Vaccination in the Punjab 1905-1918 - 1905-1918
Year: 1905
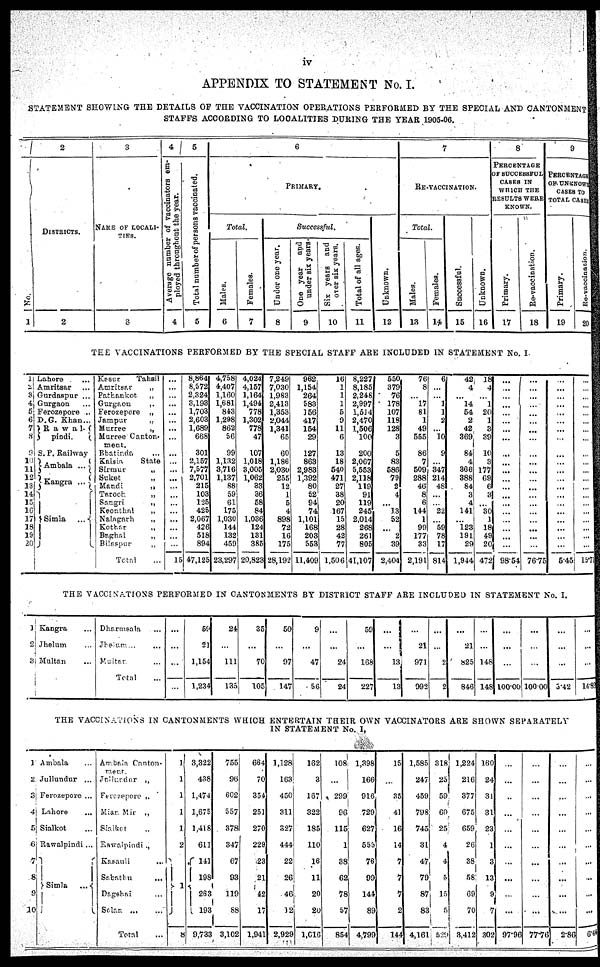
iv
APPENDIX TO STATEMENT No. I.
STATEMENT SHOWING THE DETAILS OF THE VACCINATION OPERATIONS PERFORMED BY THE SPECIAL AND CANTONMENT
STAFFS ACCORDING TO LOCALITIES DURING THE YEAR 1905-06.
No.
1
1
2
3
4
5
6
7
8
9
10
11
12
13
14
15
16
17
18
19
20
2
DISTRICTS.
2
3
NAME OF LOCALI-
----.
3
4
Average number of vaccinators em-
ployed throughout the year.
4
5
Total number of persona vaccinated.
5
6
PRIMARY.
Total.
Males.
6
Females.
7
Successful.
Under one year.
8
One year
and
under six years.
9
Six years and
over six years.
10
Total of all ages.
11
Unknown.
12
7
RE-VACCINATION.
Total.
Males.
13
Females.
14
Successful.
15
Unknown.
16
8
PERCENTAGE
OF SUCCESSFUL
CASES IN
WHICH THE
RESULTS WERE
KNOWN.
Primary.
17
Re-vaccination.
18
9
PERCENTAGE
OF UNKNOWN
CASES TO
TOTAL CASES
Primary.
19
Re-vaccination.
20
THE VACCINATIONS PERFORMED BY THE SPECIAL STAFF ARE INCLUDED IN STATEMENT No. I
Lahore ...
Amritsar ...
Gurdaspur ...
Gurgaon ...
Ferozepore ...
D.G. Khan ...
Rawal-
pindi.
S. P. Railway
Ambala ...
Kangra ...
Simla
...
Kasur
Tahsil
Amritsar
„
Patkankot
„
Gurgaon
„
Ferozepore „
Jampur
„
Murree
„
Murree Canton-
meat.
Bhatinda ...
Kalsia
State
Sirmur „
Suket
„
Mandi
„
Taroch
„
Sangri
„
Keonthal
„
Nalngarh
„
Kothar
„
Baghal
„
Bilaspur
„
Total ...
...
...
...
...
...
...
...
...
...
...
...
...
...
...
...
...
...
...
...
...
15
8,864
8,572
2,324
3,193
1,703
2,603
1,689
668
301
2,157
7,577
2,701
215
103
125
425
2,067
426
518
894
47,125
4,758
4,407
1,160
1,681
843
1,298
862
56
99
1,132
3,716
1,137
88
59
61
175
1,030
144
132
459
23,297
4,024
4,157
1,164
1,494
778
1,302
778
47
107
1,018
3,005
1,062
33
36
58
84
1,036
124
131
385
20,823
7,249
7,030
1,983
2,413
1,353
2,044
1,341
65
60
1,186
2,030
255
12
1
5
4
898
72
16
175
28,192
962
1,154
264
583
156
417
154
29
127
863
2,983
1,392
80
52
94
74
1,101
168
203
553
11,409
16
1
1
1
5
9
11
6
13
18
540
471
27
38
20
167
15
28
42
77
1,506
8,227
8,185
2,248
2,997
1,514
2,470
1,506
100
200
2,067
5,553
2,118
119
91
119
245
2,014
268
261
805
41,107
550
379
76
178
107
118
128
3
5
83
586
79
2
4
...
13
52
...
2
39
2,404
76
8
...
17
81
1
49
555
86
7
509
288
46
8
6
144
1
99
177
33
2,191
6
...
...
1
1
2
...
10
9
347
214
48
...
...
22
...
59
78
17
814
42
4
...
14
54
2
42
369
84
4
366
388
84
3
4
141
...
123
191
29
1,944
18
4
...
1
20
1
3
39
10
3
177
69
6
3
...
30
1
18
49
20
472
...
...
...
...
...
...
...
...
...
...
...
...
...
...
...
...
...
...
...
...
98.54
...
...
...
...
...
...
...
...
...
...
...
...
...
...
...
...
...
...
...
...
76.75
...
...
...
...
...
...
...
...
...
...
...
...
...
...
...
...
...
...
...
...
5.45
...
...
...
...
...
...
...
...
...
...
...
...
...
...
...
...
...
...
...
...
15.7
THE VACCINATIONS PERFORMED IN CANTONMENTS BY DISTRICT STAFF ARE INCLUDED IN STATEMENT No. I.
1
2
3
Kangra ...
Jhelum ...
Multan ...
Dharmsala ...
Jhelum ... ...
Multar ...
Total ...
...
...
...
...
59
21
1,154
1,234
24
...
111
135
35
...
70
105
50
...
97
147
9
...
47
56
...
...
24
24
59
...
168
227
...
...
13 13
...
21
971
992
...
...
2
2
...
21
825
846
...
...
148
148
...
...
...
100.00
...
...
...
100.00
...
...
...
3.42
...
...
...
14. 89
THE VACCINATIONS IN CANTONMENTS WHICH ENTERTAIN THEIR OWN VACCINATORS ARE SHOWN SEPARATELY
IN STATEMENT No. I,
1
2
3
4
5
6
7
8
9
10
Ambala ...
Jullundur ...
Ferozepore ...
Lahore ...
Sialkot ...
Rawalpindi ...
Simla
...
Ambala Canton-
ment.
Jullurdur „
Ferozepore „
Mian Mir „
Sialkot
„
Rawalpindi „
Kasauli ...
Sabathu ...
Dagshai ...
Solan
...
...
Total ...
1
1
1
1
1
2
1
8
3,322
438
1,474
1,675
1,418
611
141
198
263
193
9,733
755
96
602
557
378
347
67
93
119
88
3,102
664
70
354
251
270
229
23
21
42
17
1,941
1,128
163
450
311
327
444
22
26
46
12
2,929
162
3
167
322
185
110
16
11
20
20
1,016
108
...
299
96
115
1
38
62
78
57
854
1,398
166
916
729
627
555
76
99
144
89
4,799
15
...
35
41
16
14
7
7
7
2
144
1,585
247
459
798
745
31
47
79
87
83
4,161
318
25
59
69
25
4
4
5
15
5
529
1,224
216
377
675
659
26
38
58
69
70
3,412
160
24
31
31
23
1
3
13
9
7
302
...
...
...
...
...
...
...
...
...
...
97.96
...
...
...
...
...
...
...
...
...
...
77.76
...
...
...
...
...
...
...
...
...
...
2.86
...
...
...
...
...
...
...
...
...
...
6.44